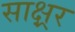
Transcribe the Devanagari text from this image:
साक्ष्रर